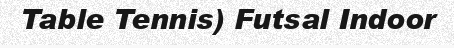
Table Tennis) Futsal Indoor